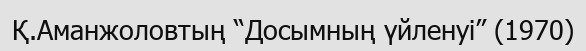
Қ.Аманжоловтың “Досымның үйленуі” (1970)